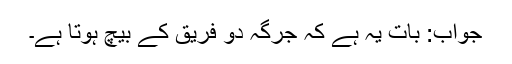
جواب: بات یہ ہے کہ جرگہ دو فریق کے بیچ ہوتا ہے۔